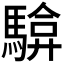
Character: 𮪓